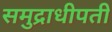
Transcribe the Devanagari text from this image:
समुद्राधीपती